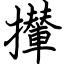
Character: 攆